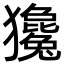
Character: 㺥